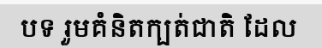
បទ រួមគំនិតក្បត់ជាតិ ដែល